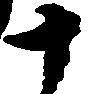
十